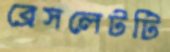
ব্রেসলেটটি